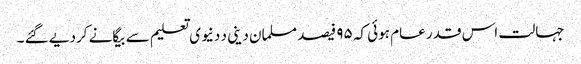
جہالت اس قدر عام ہوئی کہ ۹۵ فیصد مسلمان دینی د دنیوی تعلیم سے بیگانے کردیے گئے ۔